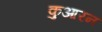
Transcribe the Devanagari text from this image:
कुआरन